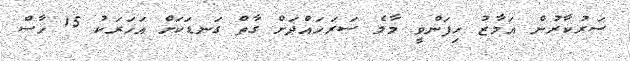
ސަރުކާރުން އަމާޒު ހިިފަންވީ މާލެ ސަރަހައްދަށް ގާތް ގަނޑަކަށް އަހަރަކު 15 ހާސް